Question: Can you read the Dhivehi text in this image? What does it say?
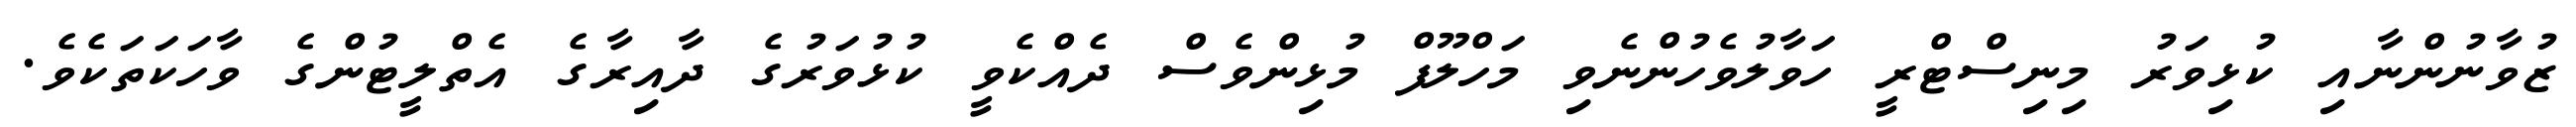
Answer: ޒުވާނުންނާއި ކުޅިވަރު މިނިސްޓްރީ ހަވާލުވެހުންނެވި މަހްލޫފް މުޅިންވެސް ދެއްކެވީ ކުޅުވަރުގެ ދާއިރާގެ އެތްލީޓުންގެ ވާހަކަތަކެވެ.